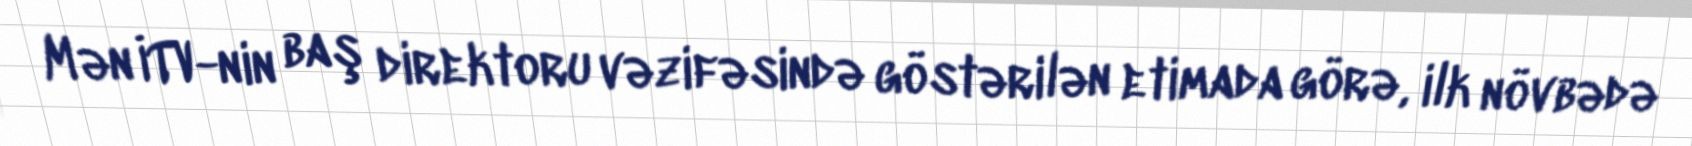
Mən İTV-nin baş direktoru vəzifəsində göstərilən etimada görə, ilk növbədə